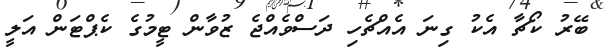
ބޭރު ކޯޗާ އެކު ގިނަ އެއްޗެހި ދަސްވެއްޖެ ޒުވާން ޓީމުގެ ކެޕްޓަން އަލީ